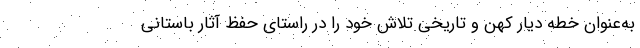
به‌عنوان خطه دیار کهن و تاریخی تلاش خود را در راستای حفظ آثار باستانی